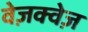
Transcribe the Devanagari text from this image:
वेज़क्वेज़